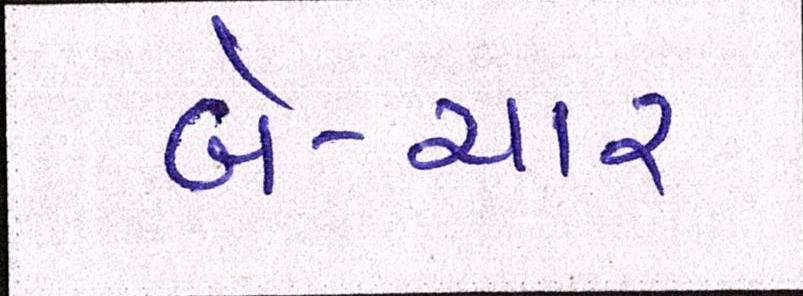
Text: બે-ચાર